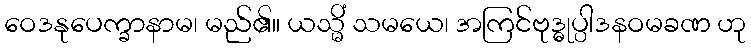
ဝေဒနုပေက္ခာနာမ၊ မည်၏။ ယသ္မိံ သမယေ၊ အကြင်ဗုဒ္ဓုပ္ပါဒနဝမခဏ ဟု